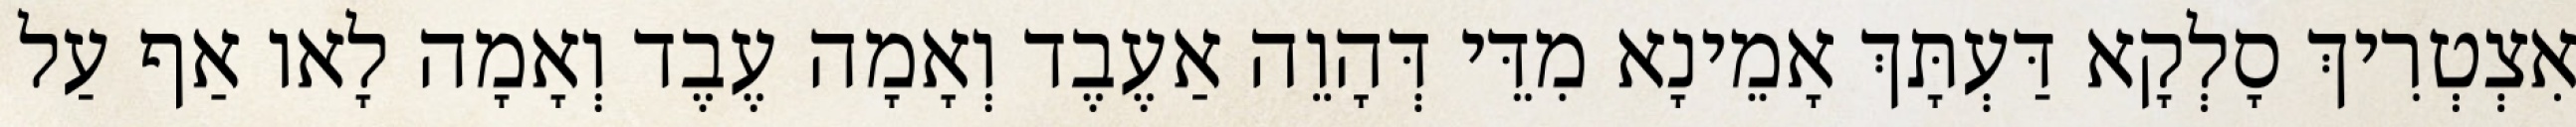
אִצְטְרִיךְ סָלְקָא דַּעְתָּךְ אָמֵינָא מִדֵּי דְּהָוֵה אַעֶבֶד וְאָמָה עֶבֶד וְאָמָה לָאו אַף עַל